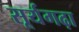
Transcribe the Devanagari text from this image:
सूर्यगढ़ा